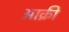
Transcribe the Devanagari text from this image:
आक्री